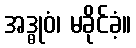
အဒ္ဓုဝံ၊ မခိုင်ခံ့။